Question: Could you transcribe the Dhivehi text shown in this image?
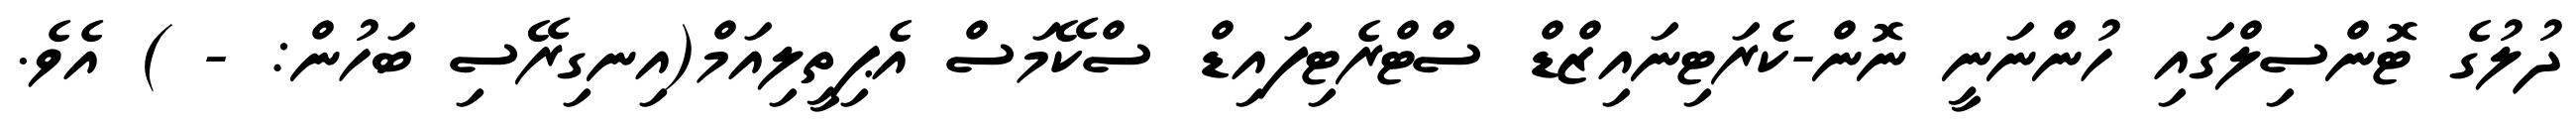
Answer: ދުލުގެ ޓޮންސިލްގައި ހުންނަނީ ނޮން-ކެރަޓިނައިޒްޑް ސްޓްރެޓިފައިޑް ސްކޭމަސް އެޕިތީލިއަމް(އިނގިރޭސި ބަހުން: - ) އެވެ.